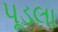
પૂડલા